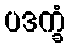
ပဒက္ခံ